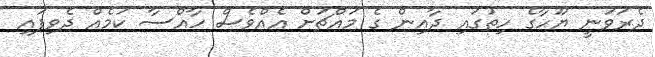
ދެރަވަނީ ޔޫހާގެ ހިތުގައި ދާއިން ގެ މައްޗަށް އެއްވެސް ހާއްސާ ކަމެއް ދެވިފައި